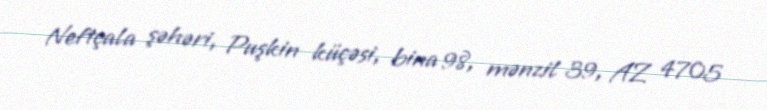
Neftçala şəhəri, Puşkin küçəsi, bina 98, mənzil 39, AZ 4705